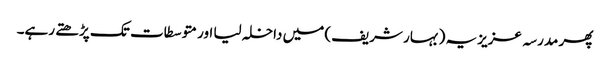
پھر مدرسہ عزیزیہ (بہار شریف) میں داخلہ لیا اور متوسطات تک پڑھتے رہے۔